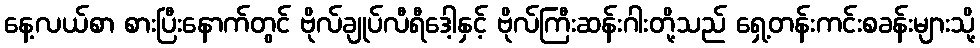
နေ့လယ်စာ စားပြီးနောက်တွင် ဗိုလ်ချုပ်လီရီဒေါ့နှင့် ဗိုလ်ကြီးဆန်းဂါးတို့သည် ရှေ့တန်းကင်းစခန်းများသို့